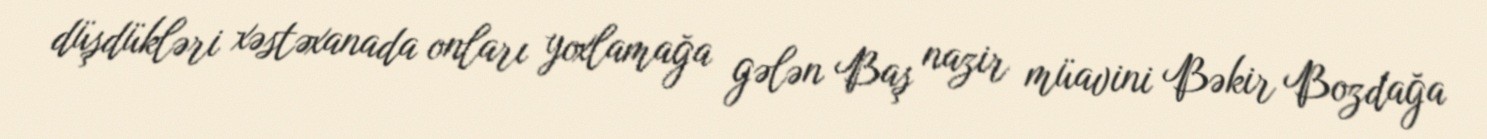
düşdükləri xəstəxanada onları yoxlamağa gələn Baş nazir müavini Bəkir Bozdağa